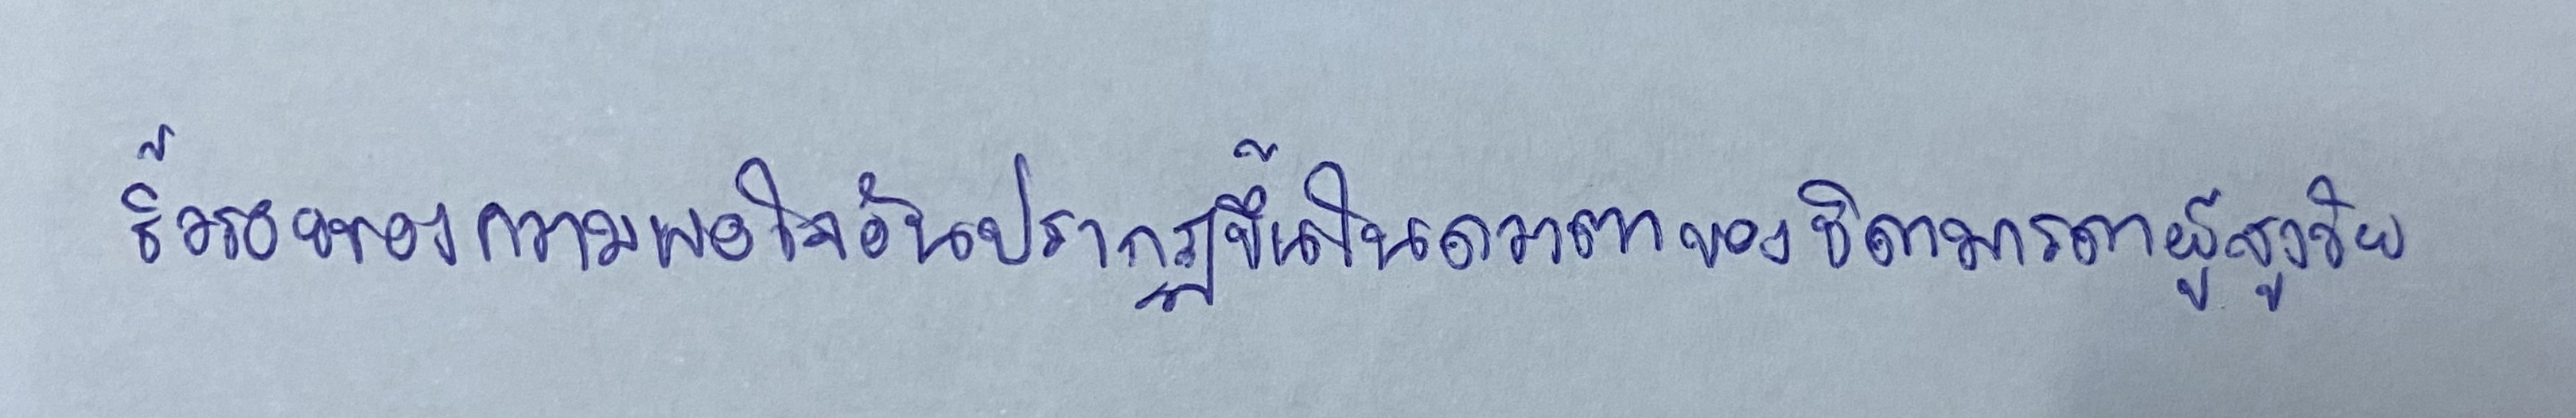
ริ้วรอยของความพอใจอันปรากฏขึ้นในดวงตาของบิดามารดาผู้สูงวัย